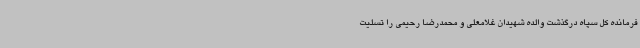
فرمانده کل سپاه درگذشت والده شهیدان غلامعلی و محمدرضا رحیمی را تسلیت